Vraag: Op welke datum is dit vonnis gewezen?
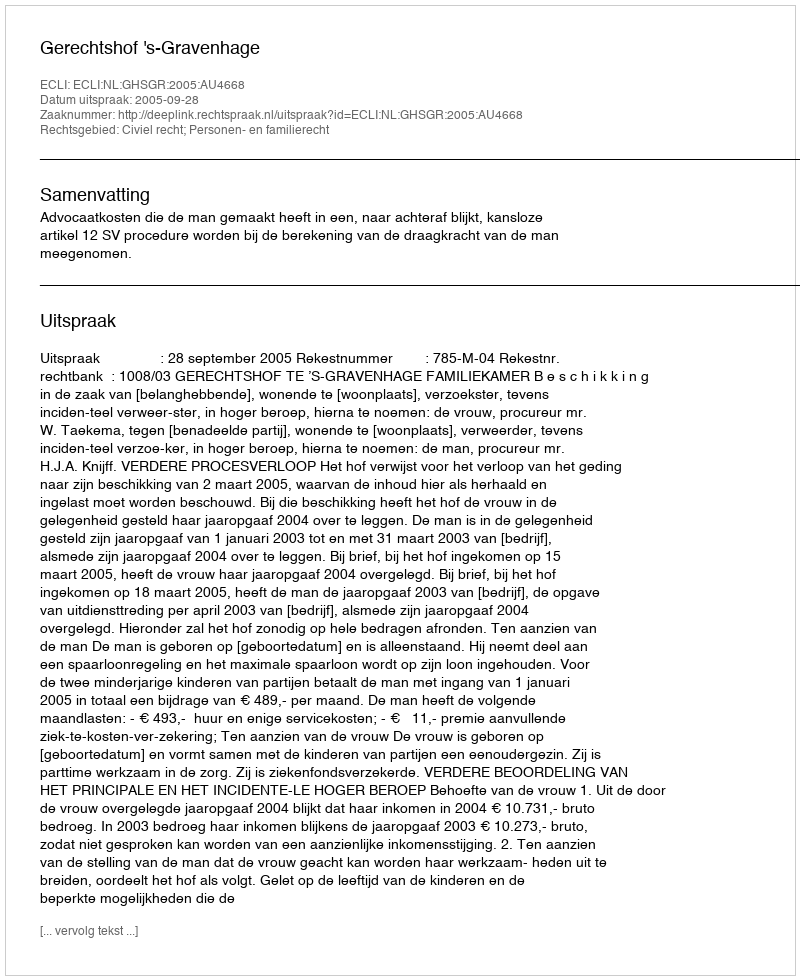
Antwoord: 2005-09-28